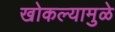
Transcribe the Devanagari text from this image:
खोकल्यामुळे